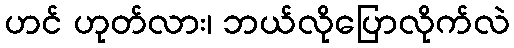
ဟင် ဟုတ်လား၊ ဘယ်လိုပြောလိုက်လဲ